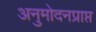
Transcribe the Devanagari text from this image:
अनुमोदनप्राप्त